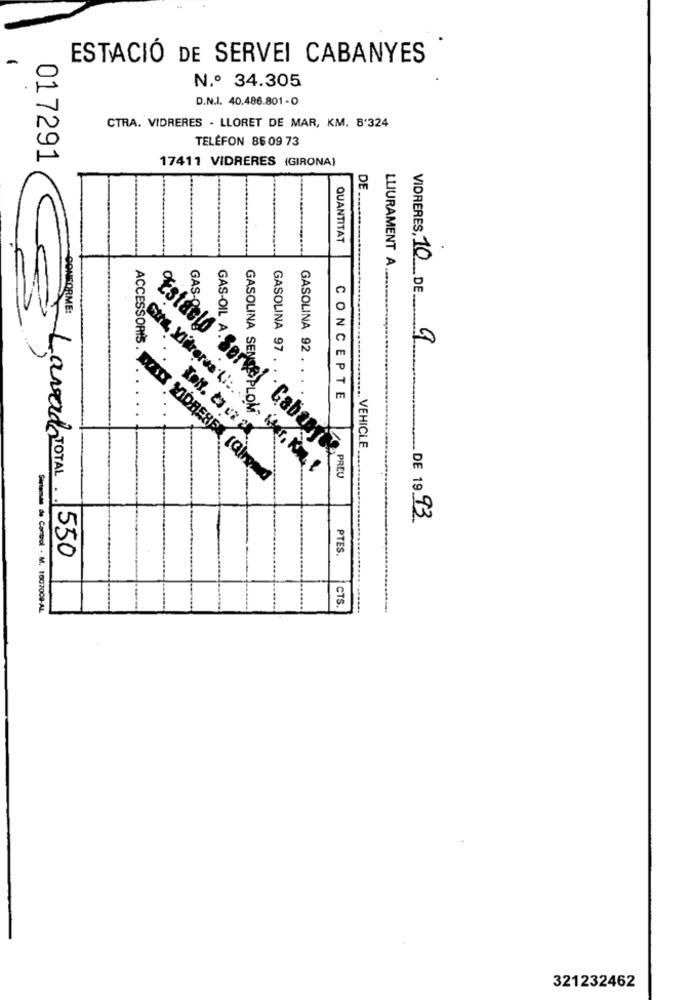
-
ESTACIÓ DE SERVEI CABANYES
N.º 34.305
D.N.I. 40.486.801 - O
CTRA. VIDRERES - LLORET DE MAR, KM. 5'324
TELEFON 86 09 73
017291
17411 VIDRERES (GIRONA)
DE ...
QUANTITAT
LLIURAMENT A.
GAS
VIDRERES, 10 DE.
CONFORME:
GAS-OIL
ACCESSORI'S
GASOLINA 97
GASOLINA SENS
GASOLINA 92 .
CONCEPTE
... VEHICLE
Estarlo Serkel Galaxyuma
Lavado TOTAL.
DE 1993
PTES.
550
CTS.
Sistema de Control - M. 1607008-AL
321232462